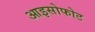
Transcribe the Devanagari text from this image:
आइसोफोट